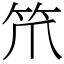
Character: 笊